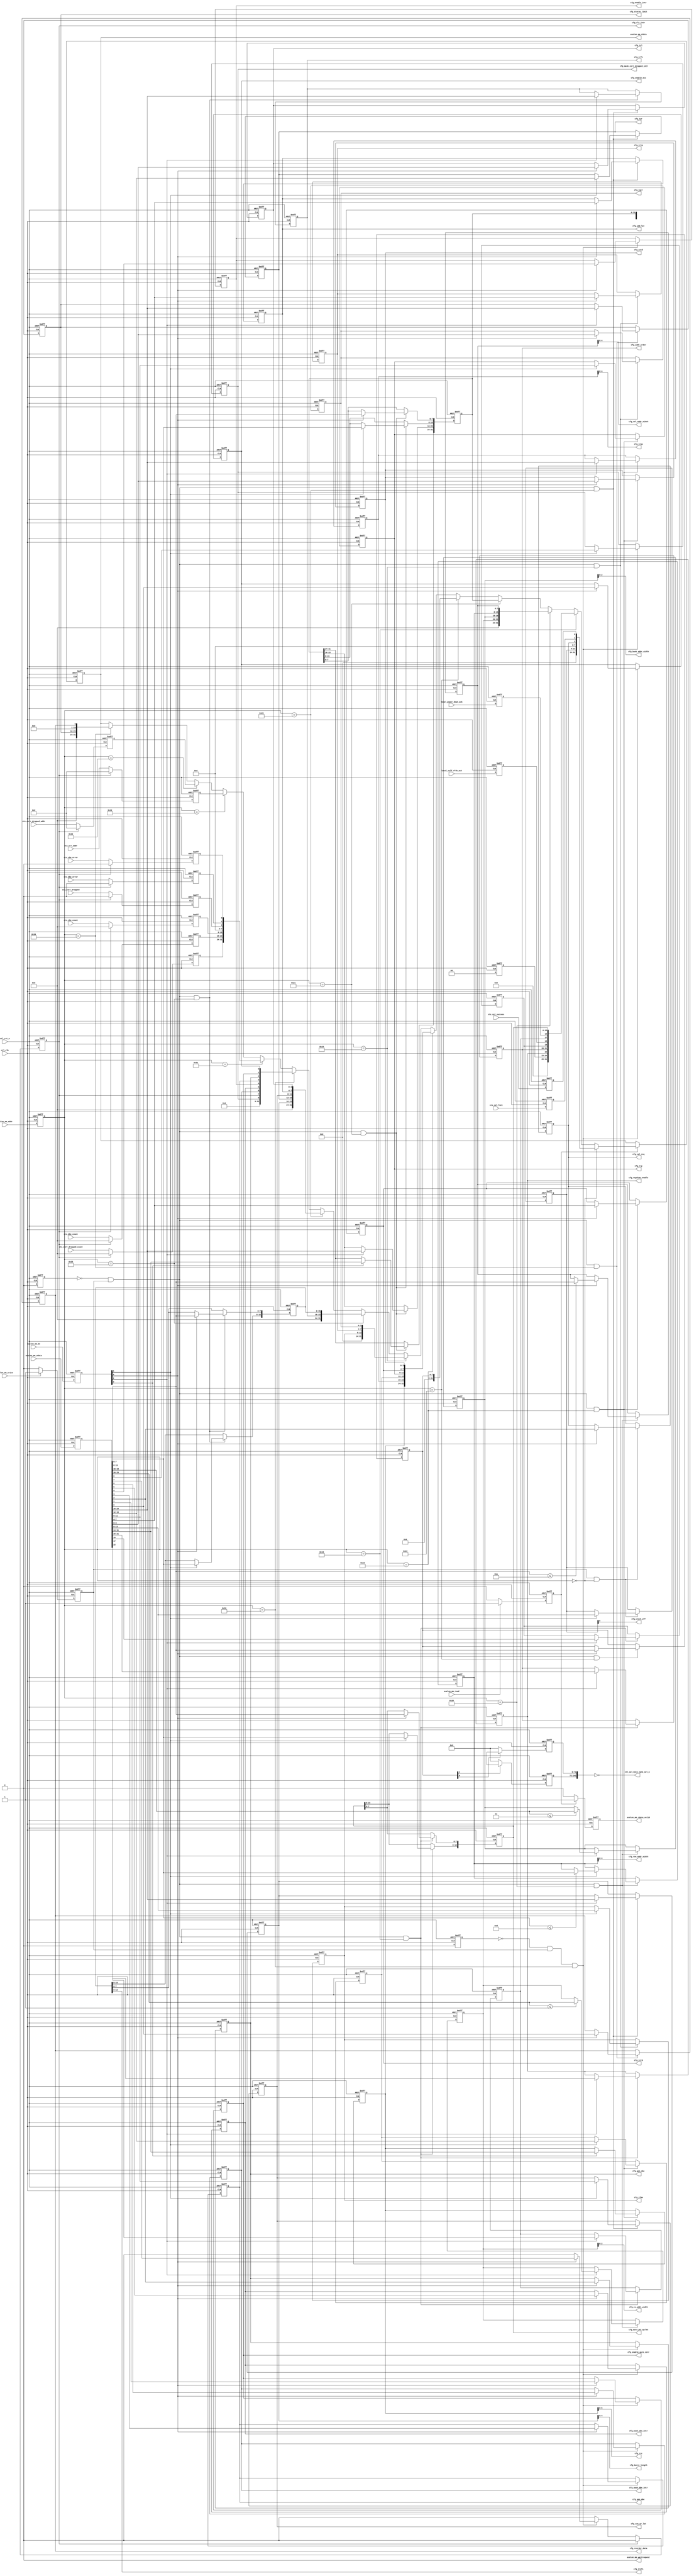
`timescale 1 ps / 1 ps

//altera message_off 10230

module alt_mem_ddrx_csr #
    ( parameter
        DWIDTH_RATIO                = 2,
        CTL_CSR_ENABLED             = 1,
        CTL_ECC_CSR_ENABLED         = 1,
        CTL_CSR_READ_ONLY           = 0,
        CTL_ECC_CSR_READ_ONLY       = 0,
        CFG_AVALON_ADDR_WIDTH              = 8,
        CFG_AVALON_DATA_WIDTH              = 32,
        
        MEM_IF_CLK_PAIR_COUNT       = 1,
        MEM_IF_DQS_WIDTH            = 72,
        
        CFG_CS_ADDR_WIDTH            = 1,        // same as MEM_IF_CHIP
        CFG_ROW_ADDR_WIDTH            = 13,      // max supported row bits
        CFG_COL_ADDR_WIDTH            = 10,      // max supported column bits
        CFG_BANK_ADDR_WIDTH             = 3,       // max supported bank bits
        
        CFG_ENABLE_ECC             = 1,
        CFG_ENABLE_AUTO_CORR         = 1,
        CFG_REGDIMM_ENABLE         = 0,
        
        // timing parameter width
        CAS_WR_LAT_BUS_WIDTH        = 4,       // max will be 8 in DDR3
        ADD_LAT_BUS_WIDTH           = 4,       // max will be 6 in DDR2
        TCL_BUS_WIDTH               = 4,       // max will be 11 in DDR3
        BL_BUS_WIDTH                = 5,       // 
        TRRD_BUS_WIDTH              = 4,       // 2 - 8
        TFAW_BUS_WIDTH              = 6,       // 6 - 32
        TRFC_BUS_WIDTH              = 8,       // 12 - 140?
        TREFI_BUS_WIDTH             = 13,      // 780 - 6240
        TRCD_BUS_WIDTH              = 4,       // 2 - 11
        TRP_BUS_WIDTH               = 4,       // 2 - 11
        TWR_BUS_WIDTH               = 4,       // 2 - 12
        TWTR_BUS_WIDTH              = 4,       // 1 - 10
        TRTP_BUS_WIDTH              = 4,       // 2 - 8
        TRAS_BUS_WIDTH              = 5,       // 4 - 29
        TRC_BUS_WIDTH               = 6,       // 8 - 40
        AUTO_PD_BUS_WIDTH           = 16,      // same as CSR interface
        STARVE_LIMIT_BUS_WIDTH      = 8,
        
        // timing parameter
        CFG_CAS_WR_LAT              = 0,        // these timing parameter must be set properly for controller to work
        CFG_ADD_LAT                 = 0,        // these timing parameter must be set properly for controller to work
        CFG_TCL                     = 0,        // these timing parameter must be set properly for controller to work
        CFG_BURST_LENGTH                      = 0,        // these timing parameter must be set properly for controller to work
        CFG_TRRD                    = 0,        // these timing parameter must be set properly for controller to work
        CFG_TFAW                    = 0,        // these timing parameter must be set properly for controller to work
        CFG_TRFC                    = 0,        // these timing parameter must be set properly for controller to work
        CFG_TREFI                   = 0,        // these timing parameter must be set properly for controller to work
        CFG_TRCD                    = 0,        // these timing parameter must be set properly for controller to work
        CFG_TRP                     = 0,        // these timing parameter must be set properly for controller to work
        CFG_TWR                     = 0,        // these timing parameter must be set properly for controller to work
        CFG_TWTR                    = 0,        // these timing parameter must be set properly for controller to work
        CFG_TRTP                    = 0,        // these timing parameter must be set properly for controller to work
        CFG_TRAS                    = 0,        // these timing parameter must be set properly for controller to work
        CFG_TRC                     = 0,        // these timing parameter must be set properly for controller to work
        CFG_AUTO_PD_CYCLES          = 0,        // these timing parameter must be set properly for controller to work
        
        // parameters used by input interface
        CFG_ADDR_ORDER                  = 1,        // normally we will use '1' for chip, bank, row, column arrangement
        CFG_REORDER_DATA         = 0,
        CFG_STARVE_LIMIT                = 0,
        MEM_IF_CSR_COL_WIDTH        = 5,
        MEM_IF_CSR_ROW_WIDTH        = 5,
        MEM_IF_CSR_BANK_WIDTH       = 3,
        MEM_IF_CSR_CS_WIDTH         = 3
    )
    (
        ctl_clk,
        ctl_rst_n,
        
        // csr interface (Avalon)
        avalon_mm_addr,
        avalon_mm_be,
        avalon_mm_write,
        avalon_mm_wdata,
        avalon_mm_read,
        avalon_mm_rdata,
        avalon_mm_rdata_valid,
        avalon_mm_waitrequest,
        
        // input from PHY
        sts_cal_success,
        sts_cal_fail,
        
        // input from state machine
        local_power_down_ack,
        local_self_rfsh_ack,
        
        // input from ecc
        sts_sbe_error,
        sts_dbe_error,
        sts_corr_dropped,
        sts_sbe_count,
        sts_dbe_count,
        sts_corr_dropped_count,
        sts_err_addr,
        sts_corr_dropped_addr,
        
        // output to PHY
        cfg_cal_req,
        cfg_clock_off,
        ctl_cal_byte_lane_sel_n,
        
        // output to timer
        cfg_cas_wr_lat,
        cfg_add_lat,
        cfg_tcl,
        cfg_burst_length,
        cfg_trrd,
        cfg_tfaw,
        cfg_trfc,
        cfg_trefi,
        cfg_trcd,
        cfg_trp,
        cfg_twr,
        cfg_twtr,
        cfg_trtp,
        cfg_tras,
        cfg_trc,
        cfg_auto_pd_cycles,
        
        // output to input interface
        cfg_addr_order,
        cfg_col_addr_width,
        cfg_row_addr_width,
        cfg_bank_addr_width,
        cfg_cs_addr_width,
        
        // output to ecc
        cfg_enable_ecc,
        cfg_enable_auto_corr,
        cfg_gen_sbe,
        cfg_gen_dbe,
        cfg_enable_intr,
        cfg_mask_sbe_intr,
        cfg_mask_dbe_intr,
        cfg_mask_corr_dropped_intr,
        cfg_clr_intr,

        // output to others
        cfg_regdimm_enable,
        cfg_reorder_data,
        cfg_starve_limit
    );

localparam integer CFG_MEM_IF_CS_WIDTH  = (2**CFG_CS_ADDR_WIDTH);

input ctl_clk;
input ctl_rst_n;

input avalon_mm_write;
input avalon_mm_read;
input [CFG_AVALON_ADDR_WIDTH - 1       : 0] avalon_mm_addr;
input [CFG_AVALON_DATA_WIDTH - 1       : 0] avalon_mm_wdata;
input [(CFG_AVALON_DATA_WIDTH / 8) - 1 : 0] avalon_mm_be;

output avalon_mm_waitrequest;
output avalon_mm_rdata_valid;
output [CFG_AVALON_DATA_WIDTH - 1 : 0] avalon_mm_rdata;

// input from AFI
input sts_cal_success;
input sts_cal_fail;

// input from state machine
input local_power_down_ack;
input local_self_rfsh_ack;

// input from ecc
input           sts_sbe_error;
input           sts_dbe_error;
input           sts_corr_dropped;
input  [7  : 0] sts_sbe_count;
input  [7  : 0] sts_dbe_count;
input  [7  : 0] sts_corr_dropped_count;
input  [31 : 0] sts_err_addr;
input  [31 : 0] sts_corr_dropped_addr;

// output to PHY
output                                              cfg_cal_req;
output [MEM_IF_CLK_PAIR_COUNT              - 1 : 0] cfg_clock_off;
output [MEM_IF_DQS_WIDTH * CFG_MEM_IF_CS_WIDTH - 1 : 0] ctl_cal_byte_lane_sel_n;

// output to timer
output [CAS_WR_LAT_BUS_WIDTH - 1 : 0] cfg_cas_wr_lat;
output [ADD_LAT_BUS_WIDTH    - 1 : 0] cfg_add_lat;
output [TCL_BUS_WIDTH        - 1 : 0] cfg_tcl;
output [BL_BUS_WIDTH         - 1 : 0] cfg_burst_length;
output [TRRD_BUS_WIDTH       - 1 : 0] cfg_trrd;
output [TFAW_BUS_WIDTH       - 1 : 0] cfg_tfaw;
output [TRFC_BUS_WIDTH       - 1 : 0] cfg_trfc;
output [TREFI_BUS_WIDTH      - 1 : 0] cfg_trefi;
output [TRCD_BUS_WIDTH       - 1 : 0] cfg_trcd;
output [TRP_BUS_WIDTH        - 1 : 0] cfg_trp;
output [TWR_BUS_WIDTH        - 1 : 0] cfg_twr;
output [TWTR_BUS_WIDTH       - 1 : 0] cfg_twtr;
output [TRTP_BUS_WIDTH       - 1 : 0] cfg_trtp;
output [TRAS_BUS_WIDTH       - 1 : 0] cfg_tras;
output [TRC_BUS_WIDTH        - 1 : 0] cfg_trc;
output [AUTO_PD_BUS_WIDTH    - 1 : 0] cfg_auto_pd_cycles;

// output to input interface
output [1 : 0]                         cfg_addr_order;
output                                 cfg_reorder_data;
output [STARVE_LIMIT_BUS_WIDTH-1: 0] cfg_starve_limit;
output [MEM_IF_CSR_COL_WIDTH  - 1 : 0] cfg_col_addr_width;
output [MEM_IF_CSR_ROW_WIDTH  - 1 : 0] cfg_row_addr_width;
output [MEM_IF_CSR_BANK_WIDTH - 1 : 0] cfg_bank_addr_width;
output [MEM_IF_CSR_CS_WIDTH   - 1 : 0] cfg_cs_addr_width;

//output to ecc
output cfg_enable_ecc;
output cfg_enable_auto_corr;
output cfg_gen_sbe;
output cfg_gen_dbe;
output cfg_enable_intr;
output cfg_mask_sbe_intr;
output cfg_mask_dbe_intr;
output cfg_mask_corr_dropped_intr;
output cfg_clr_intr;

output cfg_regdimm_enable;

wire avalon_mm_waitrequest;
wire avalon_mm_rdata_valid;
wire [CFG_AVALON_DATA_WIDTH - 1 : 0] avalon_mm_rdata;

reg int_write_req;
reg int_read_req;
reg int_rdata_valid;
reg [8              - 1       : 0] int_addr; // hard-coded to only 8 bits
reg [CFG_AVALON_DATA_WIDTH - 1       : 0] int_wdata;
reg [CFG_AVALON_DATA_WIDTH - 1       : 0] int_rdata;
reg [(CFG_AVALON_DATA_WIDTH / 8) - 1 : 0] int_be;

reg int_mask_avalon_mm_write;
reg int_mask_avalon_mm_read;
reg int_mask_ecc_avalon_mm_write;
reg int_mask_ecc_avalon_mm_read;

// output to PHY
wire                                              cfg_cal_req;
wire [MEM_IF_CLK_PAIR_COUNT              - 1 : 0] cfg_clock_off;
wire [MEM_IF_DQS_WIDTH * CFG_MEM_IF_CS_WIDTH - 1 : 0] ctl_cal_byte_lane_sel_n;

// output to timer
wire [CAS_WR_LAT_BUS_WIDTH - 1 : 0] cfg_cas_wr_lat;
wire [ADD_LAT_BUS_WIDTH    - 1 : 0] cfg_add_lat;
wire [TCL_BUS_WIDTH        - 1 : 0] cfg_tcl;
wire [BL_BUS_WIDTH         - 1 : 0] cfg_burst_length;
wire [TRRD_BUS_WIDTH       - 1 : 0] cfg_trrd;
wire [TFAW_BUS_WIDTH       - 1 : 0] cfg_tfaw;
wire [TRFC_BUS_WIDTH       - 1 : 0] cfg_trfc;
wire [TREFI_BUS_WIDTH      - 1 : 0] cfg_trefi;
wire [TRCD_BUS_WIDTH       - 1 : 0] cfg_trcd;
wire [TRP_BUS_WIDTH        - 1 : 0] cfg_trp;
wire [TWR_BUS_WIDTH        - 1 : 0] cfg_twr;
wire [TWTR_BUS_WIDTH       - 1 : 0] cfg_twtr;
wire [TRTP_BUS_WIDTH       - 1 : 0] cfg_trtp;
wire [TRAS_BUS_WIDTH       - 1 : 0] cfg_tras;
wire [TRC_BUS_WIDTH        - 1 : 0] cfg_trc;
wire [AUTO_PD_BUS_WIDTH    - 1 : 0] cfg_auto_pd_cycles;

// output to input interface
wire [1 : 0]                         cfg_addr_order;
wire                                 cfg_reorder_data;
wire [STARVE_LIMIT_BUS_WIDTH-1: 0] cfg_starve_limit;
wire [MEM_IF_CSR_COL_WIDTH  - 1 : 0] cfg_col_addr_width;
wire [MEM_IF_CSR_ROW_WIDTH  - 1 : 0] cfg_row_addr_width;
wire [MEM_IF_CSR_BANK_WIDTH - 1 : 0] cfg_bank_addr_width;
wire [MEM_IF_CSR_CS_WIDTH   - 1 : 0] cfg_cs_addr_width;

//output to ecc
wire cfg_enable_ecc;
wire cfg_enable_auto_corr;
wire cfg_gen_sbe;
wire cfg_gen_dbe;
wire cfg_enable_intr;
wire cfg_mask_sbe_intr;
wire cfg_mask_dbe_intr;
wire cfg_mask_corr_dropped_intr;
wire cfg_clr_intr;

// output to others
wire cfg_regdimm_enable;

// CSR read registers
reg [CFG_AVALON_DATA_WIDTH - 1 : 0] read_csr_register_100;

reg [CFG_AVALON_DATA_WIDTH - 1 : 0] read_csr_register_110;

reg [CFG_AVALON_DATA_WIDTH - 1 : 0] read_csr_register_120;
reg [CFG_AVALON_DATA_WIDTH - 1 : 0] read_csr_register_121;
reg [CFG_AVALON_DATA_WIDTH - 1 : 0] read_csr_register_122;
reg [CFG_AVALON_DATA_WIDTH - 1 : 0] read_csr_register_123;
reg [CFG_AVALON_DATA_WIDTH - 1 : 0] read_csr_register_124;
reg [CFG_AVALON_DATA_WIDTH - 1 : 0] read_csr_register_125;
reg [CFG_AVALON_DATA_WIDTH - 1 : 0] read_csr_register_126;

reg [CFG_AVALON_DATA_WIDTH - 1 : 0] read_csr_register_130;
reg [CFG_AVALON_DATA_WIDTH - 1 : 0] read_csr_register_131;
reg [CFG_AVALON_DATA_WIDTH - 1 : 0] read_csr_register_132;

reg [CFG_AVALON_DATA_WIDTH - 1 : 0] read_csr_register_133;
reg [CFG_AVALON_DATA_WIDTH - 1 : 0] read_csr_register_134;

/*------------------------------------------------------------------------------

   CSR Interface

------------------------------------------------------------------------------*/
// Assign waitrequest signal to '0'
assign avalon_mm_waitrequest = 1'b0;

generate
    if (!CTL_CSR_ENABLED && !CTL_ECC_CSR_ENABLED)
    begin
        // when both csr and ecc csr is disabled
        assign avalon_mm_rdata       = 0;
        assign avalon_mm_rdata_valid = 0;
    end
    else
    begin
        // register all inputs
        always @ (posedge ctl_clk or negedge ctl_rst_n)
        begin
            if (!ctl_rst_n)
            begin
                int_write_req <= 0;
                int_read_req  <= 0;
                int_addr      <= 0;
                int_wdata     <= 0;
                int_be        <= 0;
            end
            else
            begin
                int_addr  <= avalon_mm_addr [7 : 0]; // we only need the bottom 8 bits
                int_wdata <= avalon_mm_wdata;
                int_be    <= avalon_mm_be;
                
                if (avalon_mm_write)
                    int_write_req <= 1'b1;
                else
                    int_write_req <= 1'b0;
                
                if (avalon_mm_read)
                    int_read_req <= 1'b1;
                else
                    int_read_req <= 1'b0;
            end
        end
        
        // Write and read request mask
        always @ (posedge ctl_clk or negedge ctl_rst_n)
        begin
            if (!ctl_rst_n)
            begin
                int_mask_avalon_mm_write     <= 1'b0;
                int_mask_avalon_mm_read      <= 1'b0;
                int_mask_ecc_avalon_mm_write <= 1'b0;
                int_mask_ecc_avalon_mm_read  <= 1'b0;
            end
            else
            begin
                if (CTL_CSR_READ_ONLY)
                begin
                    int_mask_avalon_mm_write <= 1'b1;
                    int_mask_avalon_mm_read  <= 1'b0;
                end
                else
                begin
                    int_mask_avalon_mm_write <= 1'b0;
                    int_mask_avalon_mm_read  <= 1'b0;
                end
                
                if (CTL_ECC_CSR_READ_ONLY)
                begin
                    int_mask_ecc_avalon_mm_write <= 1'b1;
                    int_mask_ecc_avalon_mm_read  <= 1'b0;
                end
                else
                begin
                    int_mask_ecc_avalon_mm_write <= 1'b0;
                    int_mask_ecc_avalon_mm_read  <= 1'b0;
                end
            end
        end
        
        /*------------------------------------------------------------------------------
        
           Read Interface
        
        ------------------------------------------------------------------------------*/
        assign avalon_mm_rdata       = int_rdata;
        assign avalon_mm_rdata_valid = int_rdata_valid;
        
        always @ (posedge ctl_clk or negedge ctl_rst_n)
        begin
            if (!ctl_rst_n)
            begin
                int_rdata       <= 0;
                int_rdata_valid <= 0;
            end
            else
            begin
                if (int_read_req)
                begin
                    if (int_addr == 8'h00)
                        int_rdata <= read_csr_register_100;
                    else if (int_addr == 8'h10)
                        int_rdata <= read_csr_register_110;
                    else if (int_addr == 8'h20)
                        int_rdata <= read_csr_register_120;
                    else if (int_addr == 8'h21)
                        int_rdata <= read_csr_register_121;
                    else if (int_addr == 8'h22)
                        int_rdata <= read_csr_register_122;
                    else if (int_addr == 8'h23)
                        int_rdata <= read_csr_register_123;
                    else if (int_addr == 8'h24)
                        int_rdata <= read_csr_register_124;
                    else if (int_addr == 8'h25)
                        int_rdata <= read_csr_register_125;
                    else if (int_addr == 8'h26)
                        int_rdata <= read_csr_register_126;
                    else if (int_addr == 8'h30)
                        int_rdata <= read_csr_register_130;
                    else if (int_addr == 8'h31)
                        int_rdata <= read_csr_register_131;
                    else if (int_addr == 8'h32)
                        int_rdata <= read_csr_register_132;
                    else if (int_addr == 8'h33)
                        int_rdata <= read_csr_register_133;
                    else if (int_addr == 8'h34)
                        int_rdata <= read_csr_register_134;
                end
                
                if (int_read_req)
                    int_rdata_valid <= 1'b1;
                else
                    int_rdata_valid <= 1'b0;
            end
        end
    end
endgenerate

/*------------------------------------------------------------------------------

   CSR Registers

------------------------------------------------------------------------------*/
generate
    genvar i;
    if (!CTL_CSR_ENABLED) // when csr is disabled
    begin
        // assigning values to the top
        assign cfg_cas_wr_lat          = CFG_CAS_WR_LAT;
        assign cfg_add_lat             = CFG_ADD_LAT;
        assign cfg_tcl                 = CFG_TCL;
        assign cfg_burst_length        = CFG_BURST_LENGTH;
        assign cfg_trrd                = CFG_TRRD;
        assign cfg_tfaw                = CFG_TFAW;
        assign cfg_trfc                = CFG_TRFC;
        assign cfg_trefi               = CFG_TREFI;
        assign cfg_trcd                = CFG_TRCD;
        assign cfg_trp                 = CFG_TRP;
        assign cfg_twr                 = CFG_TWR;
        assign cfg_twtr                = CFG_TWTR;
        assign cfg_trtp                = CFG_TRTP;
        assign cfg_tras                = CFG_TRAS;
        assign cfg_trc                 = CFG_TRC;
        assign cfg_auto_pd_cycles      = CFG_AUTO_PD_CYCLES;
        
        assign cfg_addr_order              = CFG_ADDR_ORDER;
        assign cfg_reorder_data     = CFG_REORDER_DATA;
        assign cfg_starve_limit            = CFG_STARVE_LIMIT;
        assign cfg_cs_addr_width       = CFG_MEM_IF_CS_WIDTH > 1 ? CFG_CS_ADDR_WIDTH : 0;
        assign cfg_bank_addr_width     = CFG_BANK_ADDR_WIDTH;
        assign cfg_row_addr_width      = CFG_ROW_ADDR_WIDTH;
        assign cfg_col_addr_width      = CFG_COL_ADDR_WIDTH;
        
        assign cfg_cal_req             = 0;
        assign cfg_clock_off     = 0;
        assign ctl_cal_byte_lane_sel_n = 0;
        
        assign cfg_regdimm_enable          = 1'b1; // udimm or rdimm determined by parameter CFG_REGDIMM_ENABLE
    end
    else
    begin
        /*------------------------------------------------------------------------------
        
           0x100 ALTMEPHY Status and Control Register
        
        ------------------------------------------------------------------------------*/
        reg         csr_cal_success;
        reg         csr_cal_fail;
        reg         csr_cal_req;
        reg [5 : 0] csr_clock_off;
        
        // assign value back to top
        assign cfg_cal_req         = csr_cal_req;
        assign cfg_clock_off = csr_clock_off [MEM_IF_CLK_PAIR_COUNT - 1 : 0];
        
        // register arrays to store CSR informations
        always @ (posedge ctl_clk or negedge ctl_rst_n)
        begin
            if (!ctl_rst_n)
            begin
                csr_cal_req     <= 0;
                csr_clock_off   <= 0;
            end
            else
            begin
                // write request
                if (int_write_req && int_addr == 8'h00)
                begin
                    if (int_be [0])
                    begin
                        csr_cal_req   <= int_wdata [2]     ;
                    end
                    
                    if (int_be [1])
                    begin
                        csr_clock_off <= int_wdata [13 : 8];
                    end
                end
            end
        end
        
        // read only registers
        always @ (posedge ctl_clk or negedge ctl_rst_n)
        begin
            if (!ctl_rst_n)
            begin
                csr_cal_success <= 0;
                csr_cal_fail    <= 0;
            end
            else
            begin
                csr_cal_success <= sts_cal_success;
                csr_cal_fail    <= sts_cal_fail;
            end
        end
        
        // assigning read datas back to 32 bit bus
        always @ (*)
        begin
            // first, set all to zeros
            read_csr_register_100 = 0;
            
            // then we set individual bits
            read_csr_register_100 [0]      = csr_cal_success;
            read_csr_register_100 [1]      = csr_cal_fail;
            read_csr_register_100 [2]      = csr_cal_req;
            read_csr_register_100 [13 : 8] = csr_clock_off;
        end
        
        /*------------------------------------------------------------------------------
        
           0x110 Controller Status and Control Register
        
        ------------------------------------------------------------------------------*/
        reg [15 : 0] csr_auto_pd_cycles;
        reg          csr_auto_pd_ack;
        reg          csr_self_rfsh;    // yyong: remember to handle this
        reg          csr_self_rfsh_ack;
        reg          csr_ganged_arf;   // yyong: remember to handle this
        reg [1  : 0] csr_addr_order;
        reg          csr_reg_dimm;     // yyong: remember to handle this
        reg [1  : 0] csr_drate;
        
        // assign value back to top
        assign cfg_auto_pd_cycles = csr_auto_pd_cycles;
        assign cfg_addr_order         = csr_addr_order;
        assign cfg_regdimm_enable     = csr_reg_dimm;
        
        // register arrays to store CSR informations
        always @ (posedge ctl_clk or negedge ctl_rst_n)
        begin
            if (!ctl_rst_n)
            begin
                csr_auto_pd_cycles <= CFG_AUTO_PD_CYCLES;  // reset to default value
                csr_self_rfsh      <= 0;
                csr_ganged_arf     <= 0;
                csr_addr_order     <= CFG_ADDR_ORDER;          // reset to default value
                csr_reg_dimm       <= CFG_REGDIMM_ENABLE; // reset to default value
            end
            else
            begin
                // write request
                if (!int_mask_avalon_mm_write && int_write_req && int_addr == 8'h10)
                begin
                    if (int_be [0])
                    begin
                        csr_auto_pd_cycles [ 7 :  0] <= int_wdata [ 7 :  0];
                    end
                    
                    if (int_be [1])
                    begin
                        csr_auto_pd_cycles [15 :  8] <= int_wdata [15 :  8];
                    end
                    
                    if (int_be [2])
                    begin
                        csr_self_rfsh      <= int_wdata [17]     ;
                        csr_ganged_arf     <= int_wdata [19]     ;
                        csr_addr_order     <= int_wdata [21 : 20];
                        csr_reg_dimm       <= int_wdata [22]     ;
                    end
                end
            end
        end
        
        // read only registers
        always @ (posedge ctl_clk or negedge ctl_rst_n)
        begin
            if (!ctl_rst_n)
            begin
                csr_auto_pd_ack   <= 0;
                csr_self_rfsh_ack <= 0;
                csr_drate         <= 0;
            end
            else
            begin
                csr_auto_pd_ack   <= local_power_down_ack;
                csr_self_rfsh_ack <= local_self_rfsh_ack;
                csr_drate         <= (DWIDTH_RATIO == 2) ? 2'b00 : 2'b01; // Fullrate - 00, Halfrate - 01
            end
        end
        
        // assigning read datas back to 32 bit bus
        always @ (*)
        begin
            // first, set all to zeros
            read_csr_register_110 = 0;
            
            // then we set individual bits
            read_csr_register_110 [15 : 0 ] = csr_auto_pd_cycles;
            read_csr_register_110 [16]      = csr_auto_pd_ack;
            read_csr_register_110 [17]      = csr_self_rfsh;
            read_csr_register_110 [18]      = csr_self_rfsh_ack;
            read_csr_register_110 [19]      = csr_ganged_arf;
            read_csr_register_110 [21 : 20] = csr_addr_order;
            read_csr_register_110 [22]      = csr_reg_dimm;
            read_csr_register_110 [24 : 23] = csr_drate;
        end
        
        /*------------------------------------------------------------------------------
        
           0x120 Memory Address Sizes 0
        
        ------------------------------------------------------------------------------*/
        reg [7 : 0] csr_col_width;
        reg [7 : 0] csr_row_width;
        reg [3 : 0] csr_bank_width;
        reg [3 : 0] csr_chip_width;
        
        // assign value back to top
        assign cfg_cs_addr_width    = csr_chip_width [MEM_IF_CSR_CS_WIDTH   - 1 : 0];
        assign cfg_bank_addr_width  = csr_bank_width [MEM_IF_CSR_BANK_WIDTH - 1 : 0];
        assign cfg_row_addr_width   = csr_row_width  [MEM_IF_CSR_ROW_WIDTH  - 1 : 0];
        assign cfg_col_addr_width   = csr_col_width  [MEM_IF_CSR_COL_WIDTH  - 1 : 0];
        
        // register arrays to store CSR informations
        always @ (posedge ctl_clk or negedge ctl_rst_n)
        begin
            if (!ctl_rst_n)
            begin
                csr_col_width  <= CFG_COL_ADDR_WIDTH;                           // reset to default value
                csr_row_width  <= CFG_ROW_ADDR_WIDTH;                           // reset to default value
                csr_bank_width <= CFG_BANK_ADDR_WIDTH;                            // reset to default value
                csr_chip_width <= CFG_MEM_IF_CS_WIDTH > 1 ? CFG_CS_ADDR_WIDTH : 0; // reset to default value
            end
            else
            begin
                // write request
                if (!int_mask_avalon_mm_write && int_write_req && int_addr == 8'h20)
                begin
                    if (int_be [0])
                    begin
                        if (int_wdata [7 : 0] <= CFG_COL_ADDR_WIDTH)
                        begin
                            csr_col_width  <= int_wdata [7  : 0 ];
                        end
                    end
                    
                    if (int_be [1])
                    begin
                        if (int_wdata [15 : 8] <= CFG_ROW_ADDR_WIDTH)
                        begin
                            csr_row_width  <= int_wdata [15 : 8 ];
                        end
                    end
                    
                    if (int_be [2])
                    begin
                        if (int_wdata [19 : 16] <= CFG_BANK_ADDR_WIDTH)
                        begin
                            csr_bank_width <= int_wdata [19 : 16];
                        end
                        
                        if (int_wdata [23 : 20] <= (CFG_MEM_IF_CS_WIDTH > 1 ? CFG_CS_ADDR_WIDTH : 0))
                        begin
                            csr_chip_width <= int_wdata [23 : 20];
                        end
                    end
                end
            end
        end
        
        // assigning read datas back to 32 bit bus
        always @ (*)
        begin
            // first, set all to zeros
            read_csr_register_120 = 0;
            
            // then we set individual bits
            read_csr_register_120 [7  : 0 ] = csr_col_width;
            read_csr_register_120 [15 : 8 ] = csr_row_width;
            read_csr_register_120 [19 : 16] = csr_bank_width;
            read_csr_register_120 [23 : 20] = csr_chip_width;
        end
        
        /*------------------------------------------------------------------------------
        
           0x121 Memory Address Sizes 1
        
        ------------------------------------------------------------------------------*/
        reg [31 : 0] csr_data_binary_representation;
        reg [7 : 0] csr_chip_binary_representation;
        
        reg [MEM_IF_DQS_WIDTH * CFG_MEM_IF_CS_WIDTH - 1 : 0] cal_byte_lane;
        
        // assign value back to top
        assign ctl_cal_byte_lane_sel_n = ~cal_byte_lane;
        
        // determine cal_byte_lane base on csr data
        for (i = 0;i < CFG_MEM_IF_CS_WIDTH;i = i + 1)
        begin : ctl_cal_byte_lane_per_chip
            always @ (posedge ctl_clk or negedge ctl_rst_n)
            begin
                if (!ctl_rst_n)
                    cal_byte_lane [(i + 1) * MEM_IF_DQS_WIDTH - 1 : i * MEM_IF_DQS_WIDTH] <= {MEM_IF_DQS_WIDTH{1'b1}}; // setting to all ones
                else
                begin
                    if (csr_chip_binary_representation[i])
                        cal_byte_lane [(i + 1) * MEM_IF_DQS_WIDTH - 1 : i * MEM_IF_DQS_WIDTH] <= csr_data_binary_representation [MEM_IF_DQS_WIDTH - 1 : 0];
                    else
                        cal_byte_lane [(i + 1) * MEM_IF_DQS_WIDTH - 1 : i * MEM_IF_DQS_WIDTH] <= 0;
                end
            end
        end
        
        // register arrays to store CSR informations
        always @ (posedge ctl_clk or negedge ctl_rst_n)
        begin
            if (!ctl_rst_n)
            begin
                csr_data_binary_representation <= {MEM_IF_DQS_WIDTH{1'b1}};
            end
            else
            begin
                // write request
                if (!int_mask_avalon_mm_write && int_write_req && int_addr == 8'h21)
                begin
                    if (int_be [0])
                    begin
                        csr_data_binary_representation [ 7 :  0] <= int_wdata [ 7 :  0];
                    end
                    
                    if (int_be [1])
                    begin
                        csr_data_binary_representation [15 :  8] <= int_wdata [15 :  8];
                    end
                    
                    if (int_be [2])
                    begin
                        csr_data_binary_representation [23 : 16] <= int_wdata [23 : 16];
                    end
                    
                    if (int_be [3])
                    begin
                        csr_data_binary_representation [31 : 24] <= int_wdata [31 : 24];
                    end
                end
            end
        end
        
        // assigning read datas back to 32 bit bus
        always @ (*)
        begin
            // first, set all to zeros
            read_csr_register_121 = 0;
            
            // then we set individual bits
            read_csr_register_121 [31 : 0 ] = csr_data_binary_representation;
        end
        
        /*------------------------------------------------------------------------------
        
           0x122 Memory Address Sizes 2
        
        ------------------------------------------------------------------------------*/
        // register arrays to store CSR informations
        always @ (posedge ctl_clk or negedge ctl_rst_n)
        begin
            if (!ctl_rst_n)
            begin
                csr_chip_binary_representation <= {CFG_MEM_IF_CS_WIDTH{1'b1}};
            end
            else
            begin
                // write request
                if (!int_mask_avalon_mm_write && int_write_req && int_addr == 8'h22)
                begin
                    if (int_be [0])
                    begin
                        csr_chip_binary_representation [ 7 :  0] <= int_wdata [7  : 0 ];
                    end
                end
            end
        end
        
        // assigning read datas back to 32 bit bus
        always @ (*)
        begin
            // first, set all to zeros
            read_csr_register_122 = 0;
            
            // then we set individual bits
            read_csr_register_122 [7  : 0 ] = csr_chip_binary_representation;
        end
        
        /*------------------------------------------------------------------------------
        
           0x123 Memory Timing Parameters Registers 0
        
        ------------------------------------------------------------------------------*/
        reg [3 : 0] csr_trcd;
        reg [3 : 0] csr_trrd;
        reg [3 : 0] csr_trp;
        reg [3 : 0] csr_tmrd; // yyong: might remove this
        reg [7 : 0] csr_tras;
        reg [7 : 0] csr_trc;
        
        // assign value back to top
        assign cfg_trcd = csr_trcd [TRCD_BUS_WIDTH - 1 : 0];
        assign cfg_trrd = csr_trrd [TRRD_BUS_WIDTH - 1 : 0];
        assign cfg_trp  = csr_trp  [TRP_BUS_WIDTH  - 1 : 0];
        assign cfg_tras = csr_tras [TRAS_BUS_WIDTH - 1 : 0];
        assign cfg_trc  = csr_trc  [TRC_BUS_WIDTH  - 1 : 0];
        
        // register arrays to store CSR informations
        always @ (posedge ctl_clk or negedge ctl_rst_n)
        begin
            if (!ctl_rst_n)
            begin
                csr_trcd <= CFG_TRCD; // reset to default value
                csr_trrd <= CFG_TRRD; // reset to default value
                csr_trp  <= CFG_TRP;  // reset to default value
                csr_tmrd <= 0;        // yyong: might remove this
                csr_tras <= CFG_TRAS; // reset to default value
                csr_trc  <= CFG_TRC;  // reset to default value
            end
            else
            begin
                // write request
                if (!int_mask_avalon_mm_write && int_write_req && int_addr == 8'h23)
                begin
                    if (int_be [0])
                    begin
                        csr_trcd <= int_wdata [3  : 0 ];
                        csr_trrd <= int_wdata [7  : 4 ];
                    end
                    
                    if (int_be [1])
                    begin
                        csr_trp  <= int_wdata [11 : 8 ];
                        csr_tmrd <= int_wdata [15 : 12];
                    end
                    
                    if (int_be [2])
                    begin
                        csr_tras <= int_wdata [23 : 16];
                    end
                    
                    if (int_be [3])
                    begin
                        csr_trc  <= int_wdata [31 : 24];
                    end
                end
            end
        end
        
        // assigning read datas back to 32 bit bus
        always @ (*)
        begin
            // first, set all to zeros
            read_csr_register_123 = 0;
            
            // then we set individual bits
            read_csr_register_123 [3  : 0 ] = csr_trcd;
            read_csr_register_123 [7  : 4 ] = csr_trrd;
            read_csr_register_123 [11 : 8 ] = csr_trp;
            read_csr_register_123 [15 : 12] = csr_tmrd;
            read_csr_register_123 [23 : 16] = csr_tras;
            read_csr_register_123 [31 : 24] = csr_trc;
        end
        
        /*------------------------------------------------------------------------------
        
           0x124 Memory Timing Parameters Registers 1
        
        ------------------------------------------------------------------------------*/
        reg [3 : 0] csr_twtr;
        reg [3 : 0] csr_trtp;
        reg [5 : 0] csr_tfaw;
        
        // assign value back to top
        assign cfg_twtr = csr_twtr [TWTR_BUS_WIDTH - 1 : 0];
        assign cfg_trtp = csr_trtp [TRTP_BUS_WIDTH - 1 : 0];
        assign cfg_tfaw = csr_tfaw [TFAW_BUS_WIDTH - 1 : 0];
        
        // register arrays to store CSR informations
        always @ (posedge ctl_clk or negedge ctl_rst_n)
        begin
            if (!ctl_rst_n)
            begin
                csr_twtr <= CFG_TWTR;
                csr_trtp <= CFG_TRTP;
                csr_tfaw <= CFG_TFAW;
            end
            else
            begin
                // write request
                if (!int_mask_avalon_mm_write && int_write_req && int_addr == 8'h24)
                begin
                    if (int_be [0])
                    begin
                        csr_twtr <= int_wdata [3  : 0 ];
                        csr_trtp <= int_wdata [7  : 4 ];
                    end
                    
                    if (int_be [1])
                    begin
                        csr_tfaw <= int_wdata [13 : 8 ];
                    end
                end
            end
        end
        
        // assigning read datas back to 32 bit bus
        always @ (*)
        begin
            // first, set all to zeros
            read_csr_register_124 = 0;
            
            // then we set individual bits
            read_csr_register_124 [3  : 0 ] = csr_twtr;
            read_csr_register_124 [7  : 4 ] = csr_trtp;
            read_csr_register_124 [15 : 8 ] = csr_tfaw;
        end
        
        /*------------------------------------------------------------------------------
        
           0x125 Memory Timing Parameters Registers 2
        
        ------------------------------------------------------------------------------*/
        reg [15 : 0] csr_trefi;
        reg [7  : 0] csr_trfc;
        
        // assign value back to top
        assign cfg_trefi = csr_trefi [TREFI_BUS_WIDTH - 1 : 0];
        assign cfg_trfc  = csr_trfc  [TRFC_BUS_WIDTH  - 1 : 0];
        
        // register arrays to store CSR informations
        always @ (posedge ctl_clk or negedge ctl_rst_n)
        begin
            if (!ctl_rst_n)
            begin
                csr_trefi <= CFG_TREFI;
                csr_trfc  <= CFG_TRFC;
            end
            else
            begin
                // write request
                if (!int_mask_avalon_mm_write && int_write_req && int_addr == 8'h25)
                begin
                    if (int_be [0])
                    begin
                        csr_trefi [ 7 :  0] <= int_wdata [ 7 :  0];
                    end
                    
                    if (int_be [1])
                    begin
                        csr_trefi [15 :  8] <= int_wdata [15 :  8];
                    end
                    
                    if (int_be [2])
                    begin
                        csr_trfc  <= int_wdata [23 : 16];
                    end
                end
            end
        end
        
        // assigning read datas back to 32 bit bus
        always @ (*)
        begin
            // first, set all to zeros
            read_csr_register_125 = 0;
            
            // then we set individual bits
            read_csr_register_125 [15 : 0 ] = csr_trefi;
            read_csr_register_125 [23 : 16] = csr_trfc;
        end
        
        /*------------------------------------------------------------------------------
        
           0x126 Memory Timing Parameters Registers 3
        
        ------------------------------------------------------------------------------*/
        reg [3 : 0] csr_tcl;
        reg [3 : 0] csr_al;
        reg [3 : 0] csr_cwl;
        reg [3 : 0] csr_twr;
        reg [7 : 0] csr_bl;
        
        // assign value back to top
        assign cfg_tcl          = csr_tcl [TCL_BUS_WIDTH        - 1 : 0];
        assign cfg_add_lat      = csr_al  [ADD_LAT_BUS_WIDTH    - 1 : 0];
        assign cfg_cas_wr_lat   = csr_cwl [CAS_WR_LAT_BUS_WIDTH - 1 : 0];
        assign cfg_twr          = csr_twr [TWR_BUS_WIDTH        - 1 : 0];
        assign cfg_burst_length = csr_bl  [BL_BUS_WIDTH         - 1 : 0];
        
        // register arrays to store CSR informations
        always @ (posedge ctl_clk or negedge ctl_rst_n)
        begin
            if (!ctl_rst_n)
            begin
                csr_tcl <= CFG_TCL;
                csr_al  <= CFG_ADD_LAT;
                csr_cwl <= CFG_CAS_WR_LAT;
                csr_twr <= CFG_TWR;
                csr_bl  <= CFG_BURST_LENGTH;
            end
            else
            begin
                // write request
                if (!int_mask_avalon_mm_write && int_write_req && int_addr == 8'h26)
                begin
                    if (int_be [0])
                    begin
                        csr_tcl <= int_wdata [3  : 0 ];
                        csr_al  <= int_wdata [7  : 4 ];
                    end
                    
                    if (int_be [1])
                    begin
                        csr_cwl <= int_wdata [11 : 8 ];
                        csr_twr <= int_wdata [15 : 12];
                    end

                    if (int_be [2])
                    begin
                        csr_bl  <= int_wdata [23 : 16];
                    end
                end
            end
        end
        
        // assigning read datas back to 32 bit bus
        always @ (*)
        begin
            // first, set all to zeros
            read_csr_register_126 = 0;
            
            // then we set individual bits
            read_csr_register_126 [3  : 0 ] = csr_tcl;
            read_csr_register_126 [7  : 4 ] = csr_al;
            read_csr_register_126 [11 : 8 ] = csr_cwl;
            read_csr_register_126 [15 : 12] = csr_twr;
            read_csr_register_126 [23 : 16] = csr_bl;
        end
    end

        /*------------------------------------------------------------------------------
        
           0x134 Controller Status and Control Register - Advanced Features
        
        ------------------------------------------------------------------------------*/
        reg          csr_reorder_data;
        reg [7 : 0]  csr_starve_limit;
        
        // assign value back to top
        assign cfg_reorder_data = csr_reorder_data;
        assign cfg_starve_limit = csr_starve_limit;
        
        // register arrays to store CSR informations
        always @ (posedge ctl_clk or negedge ctl_rst_n)
        begin
            if (!ctl_rst_n)
            begin
                csr_reorder_data    <= CFG_REORDER_DATA;
                csr_starve_limit    <= CFG_STARVE_LIMIT;  // reset to default value
            end
            else
            begin
                // write request
                if (!int_mask_avalon_mm_write && int_write_req && int_addr == 8'h34)
                begin
                    if (int_be [0])
                    begin
                        csr_reorder_data <= int_wdata [ 0];
                    end
                    
                    if (int_be [2])
                    begin
                        csr_starve_limit <= int_wdata [23 :  16];
                    end
                    
                end
            end
        end
        
        // assigning read datas back to 32 bit bus
        always @ (*)
        begin
            // first, set all to zeros
            read_csr_register_134 = 0;
            
            // then we set individual bits
            read_csr_register_134 [ 0 ]       = csr_reorder_data;
            read_csr_register_134 [ 23 : 16 ] = csr_starve_limit;
        end    
	
    if (!CTL_ECC_CSR_ENABLED)
    begin
        assign cfg_enable_ecc              = 1'b0; // default value
        assign cfg_enable_auto_corr    = 1'b0; // default value
        assign cfg_gen_sbe             = 0;
        assign cfg_gen_dbe             = 0;
        assign cfg_enable_intr         = 1'b0; // default value
        assign cfg_mask_sbe_intr       = 0;
        assign cfg_mask_dbe_intr       = 0;
        assign cfg_clr_intr               = 0;
        assign cfg_mask_corr_dropped_intr=0;
    end
    else
    begin
        /*------------------------------------------------------------------------------
        
           0x130 ECC Control Register
        
        ------------------------------------------------------------------------------*/
        reg csr_enable_ecc;
        reg csr_enable_auto_corr;
        reg csr_gen_sbe;
        reg csr_gen_dbe;
        reg csr_enable_intr;
        reg csr_mask_sbe_intr;
        reg csr_mask_dbe_intr;
        reg csr_ecc_clear;
        reg csr_mask_corr_dropped_intr;
        
        // assign value back to top
        assign cfg_enable_ecc                   = csr_enable_ecc;
        assign cfg_enable_auto_corr         = csr_enable_auto_corr;
        assign cfg_gen_sbe                  = csr_gen_sbe;
        assign cfg_gen_dbe                  = csr_gen_dbe;
        assign cfg_enable_intr              = csr_enable_intr;
        assign cfg_mask_sbe_intr            = csr_mask_sbe_intr;
        assign cfg_mask_dbe_intr            = csr_mask_dbe_intr;
        assign cfg_clr_intr                    = csr_ecc_clear;
        assign cfg_mask_corr_dropped_intr   = csr_mask_corr_dropped_intr;
        
        // register arrays to store CSR informations
        always @ (posedge ctl_clk or negedge ctl_rst_n)
        begin
            if (!ctl_rst_n)
            begin
                csr_enable_ecc              <= CFG_ENABLE_ECC;
                csr_enable_auto_corr        <= CFG_ENABLE_AUTO_CORR;
                csr_gen_sbe                 <= 0;
                csr_gen_dbe                 <= 0;
                csr_enable_intr             <= 1'b1;
                csr_mask_sbe_intr           <= 0;
                csr_mask_dbe_intr           <= 0;
                csr_ecc_clear               <= 0;
                csr_mask_corr_dropped_intr  <= 0;
            end
            else
            begin
                // write request
                if (!int_mask_ecc_avalon_mm_write && int_write_req && int_addr == 8'h30)
                begin
                    if (int_be [0])
                    begin
                        csr_enable_ecc       <= int_wdata [0];
                        csr_enable_auto_corr <= int_wdata [1];
                        csr_gen_sbe          <= int_wdata [2];
                        csr_gen_dbe          <= int_wdata [3];
                        csr_enable_intr      <= int_wdata [4];
                        csr_mask_sbe_intr    <= int_wdata [5];
                        csr_mask_dbe_intr    <= int_wdata [6];
                        csr_ecc_clear        <= int_wdata [7];
                    end
                    if (int_be [1])
                    begin
                        csr_mask_corr_dropped_intr    <= int_wdata [8];
                    end
                end
                
                // set csr_clear to zero after one clock cycle
                if (csr_ecc_clear)
                    csr_ecc_clear     <= 1'b0;
            end
        end
        
        // assigning read datas back to 32 bit bus
        always @ (*)
        begin
            // first, set all to zeros
            read_csr_register_130 = 0;
            
            // then we set individual bits
            read_csr_register_130 [0] = csr_enable_ecc;
            read_csr_register_130 [1] = csr_enable_auto_corr;
            read_csr_register_130 [2] = csr_gen_sbe;
            read_csr_register_130 [3] = csr_gen_dbe;
            read_csr_register_130 [4] = csr_enable_intr;
            read_csr_register_130 [5] = csr_mask_sbe_intr;
            read_csr_register_130 [6] = csr_mask_dbe_intr;
            read_csr_register_130 [7] = csr_ecc_clear;
            read_csr_register_130 [8] = csr_mask_corr_dropped_intr;
        end
        
        /*------------------------------------------------------------------------------
        
           0x131 ECC Status Register (Read Only)
        
        ------------------------------------------------------------------------------*/
        reg         csr_sbe_error;
        reg         csr_dbe_error;
        reg         csr_corr_dropped;
        reg [7 : 0] csr_sbe_count;
        reg [7 : 0] csr_dbe_count;
        reg [7 : 0] csr_corr_dropped_count;
        
        // register arrays to store CSR informations
        always @ (posedge ctl_clk or negedge ctl_rst_n)
        begin
            if (!ctl_rst_n)
            begin
                csr_sbe_error <= 0;
                csr_dbe_error <= 0;
                csr_sbe_count <= 0;
                csr_dbe_count <= 0;
                csr_corr_dropped <= 0;
                csr_corr_dropped_count <= 0;
            end
            else
            begin
                // all registers are read only registers
                if (csr_ecc_clear)
                begin
                    csr_sbe_error <= 0;
                    csr_dbe_error <= 0;
                    csr_sbe_count <= 0;
                    csr_dbe_count <= 0;
                    csr_corr_dropped <= 0;
                    csr_corr_dropped_count <= 0;
                end
                else
                begin
                    csr_sbe_error <= sts_sbe_error;
                    csr_dbe_error <= sts_dbe_error;
                    csr_sbe_count <= sts_sbe_count;
                    csr_dbe_count <= sts_dbe_count;
                    csr_corr_dropped <= sts_corr_dropped;
                    csr_corr_dropped_count <= sts_corr_dropped_count;
                end
            end
        end
        
        // assigning read datas back to 32 bit bus
        always @ (*)
        begin
            // first, set all to zeros
            read_csr_register_131 = 0;
            
            // then we set individual bits
            read_csr_register_131 [0      ] = csr_sbe_error;
            read_csr_register_131 [1      ] = csr_dbe_error;
            read_csr_register_131 [2      ] = csr_corr_dropped;
            read_csr_register_131 [15 : 8 ] = csr_sbe_count;
            read_csr_register_131 [23 : 16] = csr_dbe_count;
            read_csr_register_131 [31 : 24] = csr_corr_dropped_count;
        end
        
        /*------------------------------------------------------------------------------
        
           0x132 ECC Error Address Register (Read Only)
        
        ------------------------------------------------------------------------------*/
        reg [31 : 0] csr_error_addr;
        
        // register arrays to store CSR informations
        always @ (posedge ctl_clk or negedge ctl_rst_n)
        begin
            if (!ctl_rst_n)
            begin
                csr_error_addr <= 0;
            end
            else
            begin
                // all registers are read only registers
                if (csr_ecc_clear)
                    csr_error_addr <= 0;
                else
                    csr_error_addr <= sts_err_addr;
            end
        end
        
        // assigning read datas back to 32 bit bus
        always @ (*)
        begin
            // then we set individual bits
            read_csr_register_132 = csr_error_addr;
        end    

        /*------------------------------------------------------------------------------
        
           0x133 ECC Correction Dropped Address Register (Read Only)
        
        ------------------------------------------------------------------------------*/
        reg [31 : 0] csr_corr_dropped_addr;
        
        // register arrays to store CSR informations
        always @ (posedge ctl_clk or negedge ctl_rst_n)
        begin
            if (!ctl_rst_n)
            begin
                csr_corr_dropped_addr <= 0;
            end
            else
            begin
                // all registers are read only registers
                if (csr_ecc_clear)
                    csr_corr_dropped_addr <= 0;
                else
                    csr_corr_dropped_addr <= sts_corr_dropped_addr;
            end
        end
        
        // assigning read datas back to 32 bit bus
        always @ (*)
        begin
            // then we set individual bits
            read_csr_register_133 = csr_corr_dropped_addr;
        end		
    end
endgenerate
























endmodule